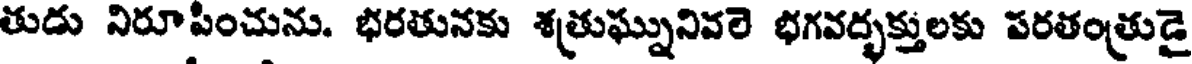
తుడు నిరూపించును. భరతునకు శత్రుఘ్నునివలె భగవద్భక్తులకు పరతంత్రుడై